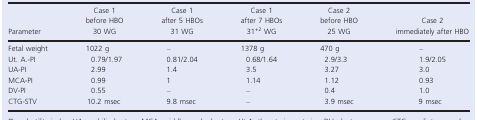
<table><thead><tr><td><b>Parameter</b></td><td><b>Case 1 before HBO 30 WG</b></td><td><b>Case 1 after 5 HBOs 31 WG</b></td><td><b>Case 1 after 7 HBOs 31<sup>+2</sup> WG</b></td><td><b>Case 2 before HBO 25 WG</b></td><td><b>Case 2 immediately after HBO</b></td></tr></thead><tbody><tr><td>Fetal weight</td><td>1022 g</td><td>–</td><td>1378 g</td><td>470 g</td><td>–</td></tr><tr><td>Ut. A.‐PI</td><td>0.79/1.97</td><td>0.81/2.04</td><td>0.68/1.64</td><td>2.9/3.3</td><td>1.9/2.05</td></tr><tr><td>UA‐PI</td><td>2.99</td><td>1.4</td><td>3.5</td><td>3.27</td><td>3.0</td></tr><tr><td>MCA‐PI</td><td>0.99</td><td>1</td><td>1.14</td><td>1.12</td><td>0.93</td></tr><tr><td>DV‐PI</td><td>0.55</td><td>–</td><td>–</td><td>0.4</td><td>1.0</td></tr><tr><td>CTG‐STV</td><td>10.2 msec</td><td>9.8 msec</td><td>–</td><td>3.9 msec</td><td>9 msec</td></tr></tbody></table>